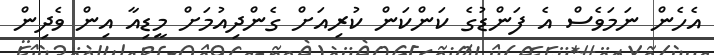
އެހެން ނަމަވެސް އެ ފަންޑުގެ ކަންކަން ކުރިއަށް ގެންދިއުމަށް މީޑިއާ އިން ވެދިން